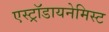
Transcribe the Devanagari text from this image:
एस्ट्राॅडायनेमिस्ट